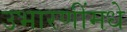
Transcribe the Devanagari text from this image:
उभारणींमधे